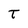
Character: t